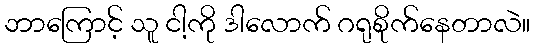
ဘာကြောင့် သူ ငါ့ကို ဒါလောက် ဂရုစိုက်နေတာလဲ။